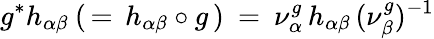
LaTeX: g^{*}h_{\alpha\beta}\: (\, =\, h_{\alpha\beta}\circ g\, )\: =\: \nu_{\alpha}^{g}\, h_{\alpha\beta}\, (\nu_{\beta}^{g})^{-1}